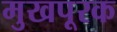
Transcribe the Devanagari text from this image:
मुखपूरक